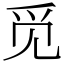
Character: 觅